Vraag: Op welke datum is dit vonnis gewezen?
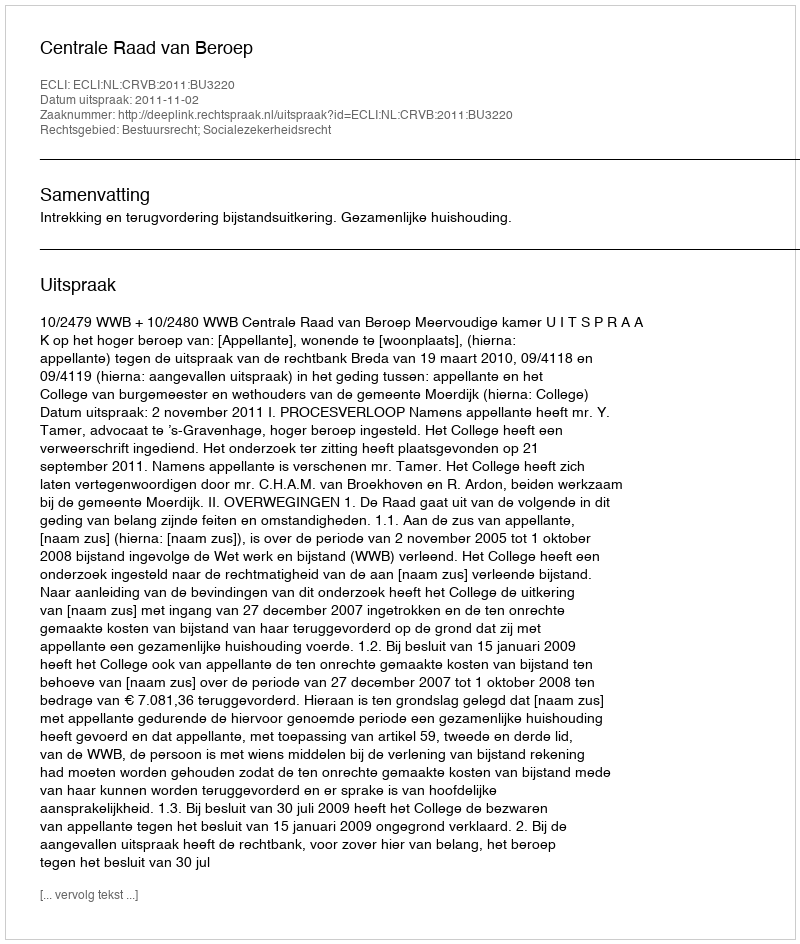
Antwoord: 2011-11-02